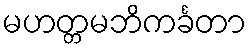
မဟတ္တမဘိကင်္ခတာ